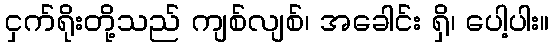
ငှက်ရိုးတို့သည် ကျစ်လျစ်၊ အခေါင်း ရှိ၊ ပေါ့ပါး။